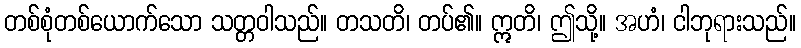
တစ်စုံတစ်ယောက်သော သတ္တဝါသည်။ တသတိ၊ တပ်၏။ ဣတိ၊ ဤသို့။ အဟံ၊ ငါဘုရားသည်။